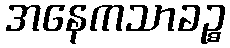
အနေကသာခဉ္စ